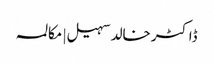
ڈاکٹر خالد سہیل | مکالمہ